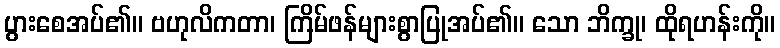
ပွားစေအပ်၏။ ဗဟုလိကတာ၊ ကြိမ်ဖန်များစွာပြုအပ်၏။ သော ဘိက္ခု၊ ထိုရဟန်းကို။